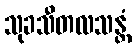
သုခသီတလသန္တံ